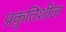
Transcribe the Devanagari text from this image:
प्रकृतिशील